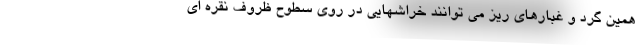
همین گرد و غبارهای ریز می توانند خراشهایی در روی سطوح ظروف نقره ای